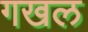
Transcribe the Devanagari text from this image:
गखल